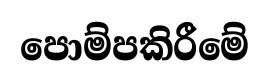
පොම්පකිරීමේ